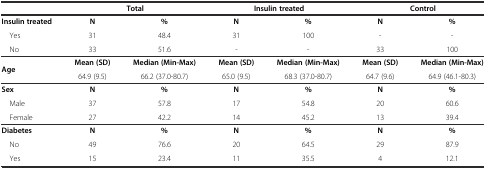
|  | <COLSPAN=2> Total | <COLSPAN=2> Insulin treated | <COLSPAN=2> Control |
 | --- | --- | --- | --- | --- | --- | --- |
 | Insulin treated | N | % | N | % | N | % |
 | Yes | 31 | 48.4 | 31 | 100 | - | - |
 | No | 33 | 51.6 | - | - | 33 | 100 |
 | <ROWSPAN=2> Age | Mean (SD) | Median (Min-Max) | Mean (SD) | Median (Min-Max) | Mean (SD) | Median (Min-Max) |
 | 64.9 (9.5) | 66.2 (37.0-80.7) | 65.0 (9.5) | 68.3 (37.0-80.7) | 64.7 (9.6) | 64.9 (46.1-80.3) |
 | Sex | N | % | N | % | N | % |
 | Male | 37 | 57.8 | 17 | 54.8 | 20 | 60.6 |
 | Female | 27 | 42.2 | 14 | 45.2 | 13 | 39.4 |
 | Diabetes | N | % | N | % | N | % |
 | No | 49 | 76.6 | 20 | 64.5 | 29 | 87.9 |
 | Yes | 15 | 23.4 | 11 | 35.5 | 4 | 12.1 |